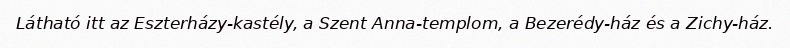
Látható itt az Eszterházy-kastély, a Szent Anna-templom, a Bezerédy-ház és a Zichy-ház.